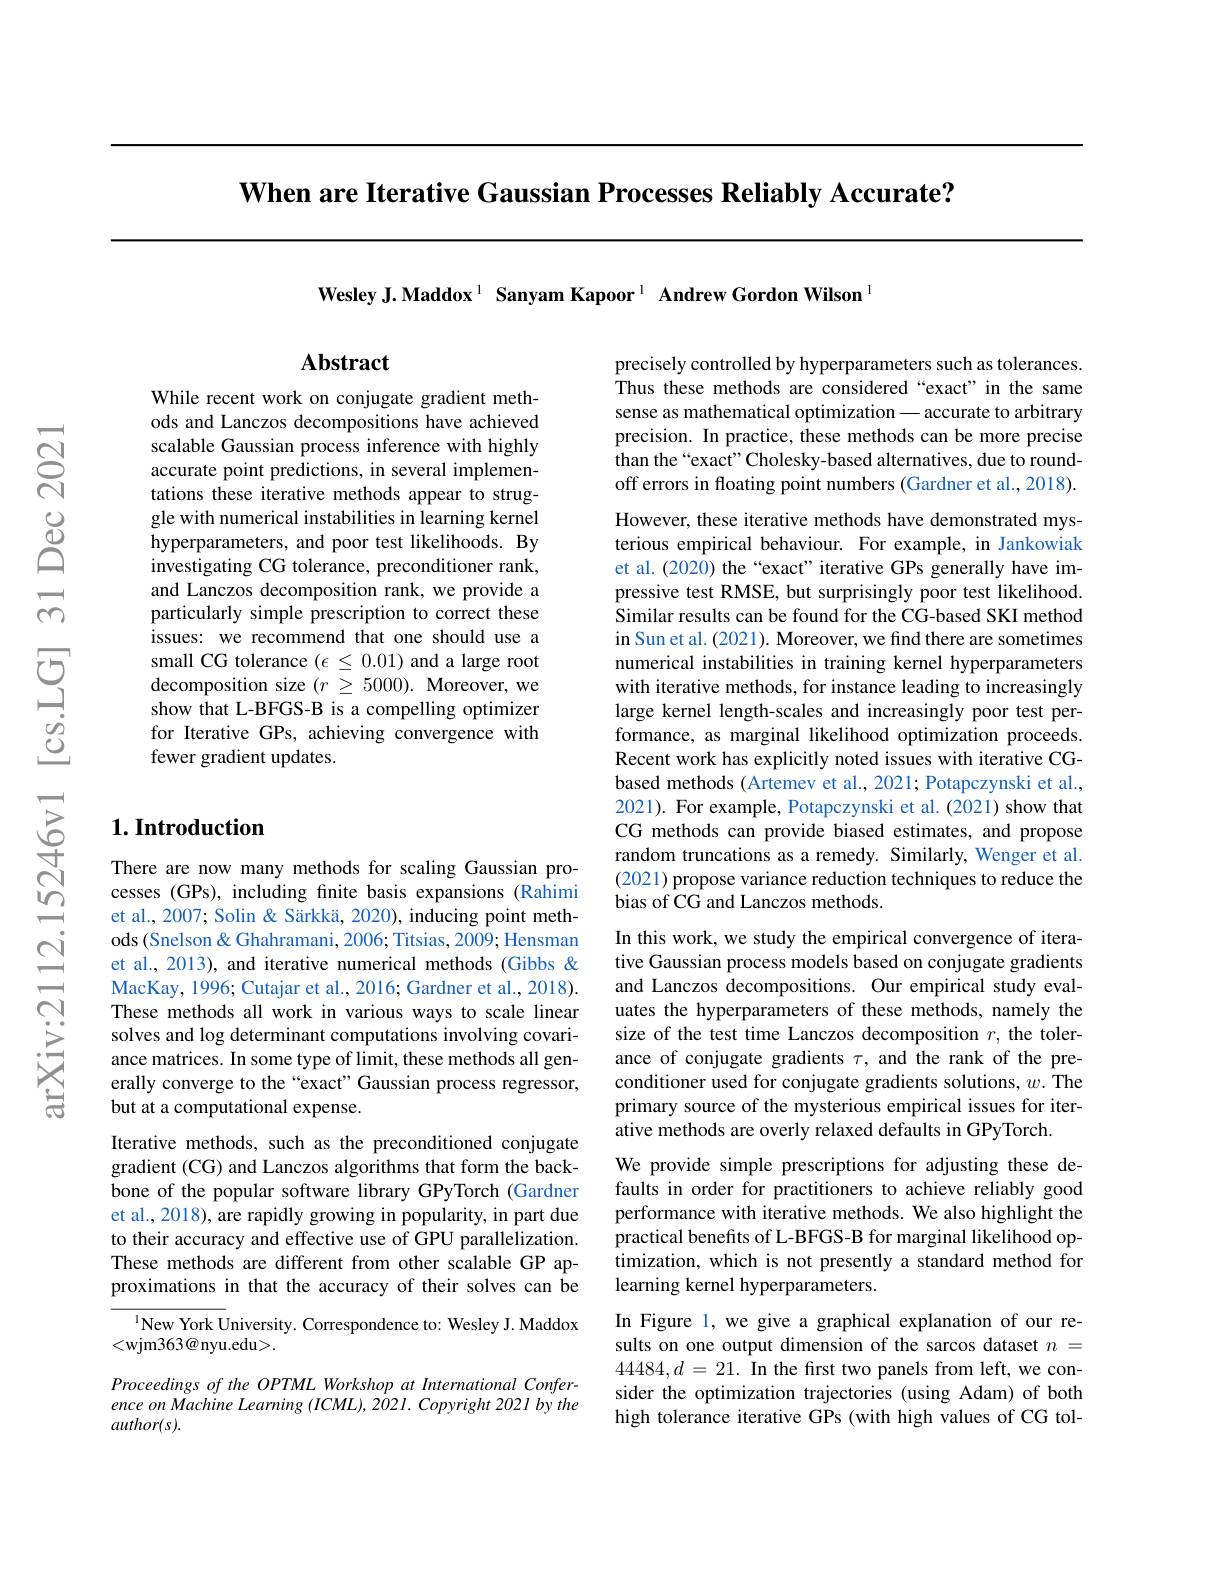
When are Iterative Gaussian Processes Reliably Accurate?

Wesley J.Maddox$^1$ Sanyam Kapoor$^1$ Andrew Gordon Wilson$^{\text{l}}$

## Abstract

While recent work on conjugate gradient methods and Lanczos decompositions have achieved scalable Gaussian process inference with highly accurate point predictions, in several implementations these iterative methods appear to struggle with numerical instabilities in learning kernel hyperparameters, and poor test likelihoods. By investigating CG tolerance, preconditioner rank, and Lanczos decomposition rank, we provide a particularly simple prescription to correct these issues: we recommend that one should use a small CG tolerance $(\epsilon\leq0.01)$ and a large root decomposition size $( r$ $\geq$ 5000). Moreover, we show that L-BFGS-B is a compelling optimizer for Iterative GPs, achieving convergence with fewer gradient updates.

## $1. \textbf{Introduction}$

There are now many methods for scaling Gaussian processes (GPs), including finite basis expansions (Rahimi et al., 2007; Solin & Särkkä, 2020), inducing point meth-
$\begin{array}{ccc}\mathrm{Ni}&&\mathrm{ods(Snelson&<Ghahramani,2006;Titsias,2009;Hensman}\\\mathrm{et~al,~2013),~and~iterative~numerical~methods~(Gibbs~&&&&\\\mathrm{MacKay,~1996;~Cutajar~et~al.,~2016;~Gardner~et~al.,~2018).}\end{array}}$
These methods all work in various ways to scale linear solves and log determinant computations involving covariance matrices. In some type of limit, these methods all generally converge to the“exact”Gaussian process regressor, but at a computational expense.
Iterative methods, such as the preconditioned conjugate gradient (CG) and Lanczos algorithms that form the backbone of the popular software library GPyTorch (Gardner et al., 2018), are rapidly growing in popularity, in part due to their accuracy and effective use of GPU parallelization. These methods are different from other scalable GP approximations in that the accuracy of their solves can be
$^{1}$New York University. Correspondence to: Wesley J. Maddox
<wjm363@nyu.edu>.

Proceedings of the OPTML Workshop at International Conference on Machine Learning (ICML), 2021. Copyright 2021 by the author(s).

precisely controlled by hyperparameters such as tolerances. Thus these methods are considered“exact”in the same sense as mathematical optimization - accurate to arbitrary precision. In practice, these methods can be more precise than the“exact”Cholesky-based alternatives, due to roundoff errors in floating point numbers (Gardner et al., 2018).

However, these iterative methods have demonstrated mysterious empirical behaviour. For example, in Jankowiak et al. (2020) the “exact”iterative GPs generally have impressive test RMSE, but surprisingly poor test likelihood. Similar results can be found for the CG-based SKI method in Sun et al. ( 2021) . Moreover, we find there are sometimes numerical instabilities in training kernel hyperparameters with iterative methods, for instance leading to increasingly large kernel length-scales and increasingly poor test performance, as marginal likelihood optimization proceeds. Recent work has explicitly noted issues with iterative CGbased methods (Artemev et al., 2021; Potapczynski et al., 2021). For example, Potapczynski et al.(2021) show that CG methods can provide biased estimates, and propose random truncations as a remedy. Similarly, Wenger et al. (2021) propose variance reduction techniques to reduce the bias of CG and Lanczos methods.
In this work, we study the empirical convergence of iterative Gaussian process models based on conjugate gradients and Lanczos decompositions. Our empirical study evaluates the hyperparameters of these methods, namely the size of the test time Lanczos decomposition $r$, the tolerance of conjugate gradients $\tau$, and the rank of the preconditioner used for conjugate gradients solutions, $w.$ The primary source of the mysterious empirical issues for iterative methods are overly relaxed defaults in GPyTorch.
We provide simple prescriptions for adjusting these defaults in order for practitioners to achieve reliably good performance with iterative methods. We also highlight the practical benefits of L-BFGS-B for marginal likelihood optimization, which is not presently a standard method for learning kernel hyperparameters.
In Figure 1, we give a graphical explanation of our results on one output dimension of the sarcos dataset $n=$ $44484,d=21.$ In the first two panels from left, we consider the optimization trajectories (using Adam) of both high tolerance iterative GPs (with high values of CG tol-